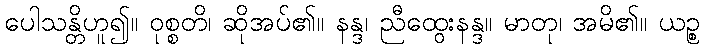
ပေါသန္တိဟူ၍။ ဝုစ္စတိ၊ ဆိုအပ်၏။ နန္ဒ၊ ညီထွေးနန္ဒ။ မာတု၊ အမိ၏။ ယဉ္စ